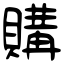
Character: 購